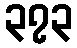
၃၇၃